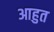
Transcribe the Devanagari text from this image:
आहुत